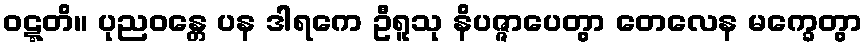
ဝဋ္ဋတိ။ ပုညဝန္တေ ပန ဒါရကေ ဦရူသု နိပဇ္ဇာပေတွာ တေလေန မက္ခေတွာ